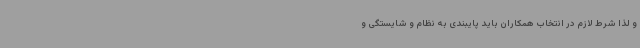
و لذا شرط لازم در انتخاب همکاران باید پایبندی به نظام و شایستگی و